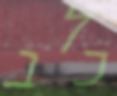
כלב